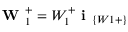
\textbf { W } _ { 1 } ^ { + } = W _ { 1 } ^ { + } \textbf { i } _ { \{ W 1 + \} }